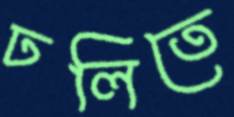
ঢলিতে